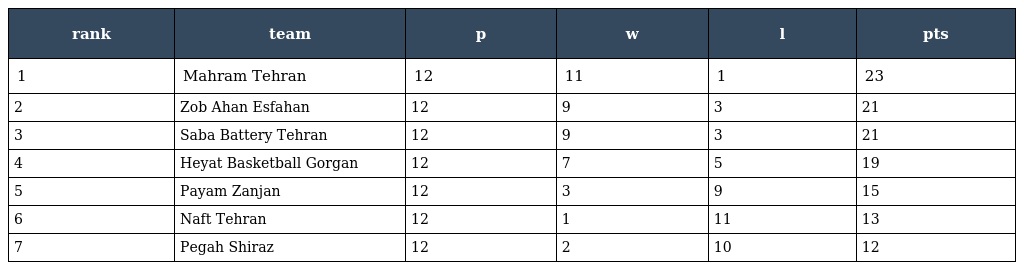
| rank | team | p | w | l | pts |
 | --- | --- | --- | --- | --- | --- |
 | 1 | Mahram Tehran | 12 | 11 | 1 | 23 |
 | 2 | Zob Ahan Esfahan | 12 | 9 | 3 | 21 |
 | 3 | Saba Battery Tehran | 12 | 9 | 3 | 21 |
 | 4 | Heyat Basketball Gorgan | 12 | 7 | 5 | 19 |
 | 5 | Payam Zanjan | 12 | 3 | 9 | 15 |
 | 6 | Naft Tehran | 12 | 1 | 11 | 13 |
 | 7 | Pegah Shiraz | 12 | 2 | 10 | 12 |